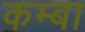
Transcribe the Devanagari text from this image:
कम्बा